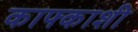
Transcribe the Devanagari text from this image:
काफ्काशी